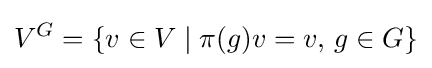
V^{G}=\{v\in V\mid \pi (g)v=v,\,g\in G\}